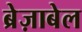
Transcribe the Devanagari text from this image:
ब्रेज़ाबेल